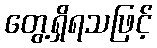
တွေ့ရှိရသဖြင့်